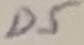
Text: D5